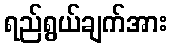
ရည်ရွယ်ချက်အား